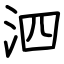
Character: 泗